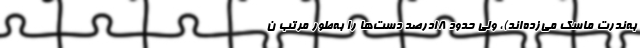
به‌ندرت ماسک می‌زده‌اند)، ولی حدود ۱۸درصد دست‌ها را به‌طور مرتب ن